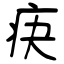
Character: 疦